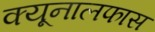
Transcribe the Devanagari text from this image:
क्यूनालफास